Madras plague regulations in force outside the Presidency town - Volume 2
Disease focus: Plague
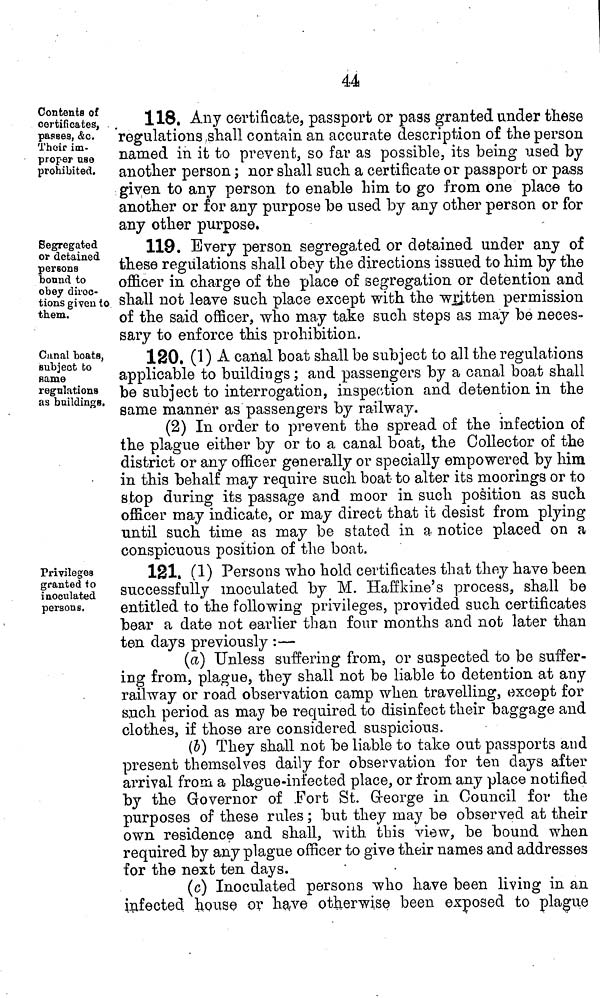
44
Contents of
certificates,
passes, &c.
Their im-
proper use
prohibited,
118. Any certificate, passport or pass granted under these
regulations .shall contain an accurate description of the person
named in it to prevent, so far as possible, its being used by
another person ; nor shall such a certificate or passport or pass
given to any person to enable him to go from one place to
another or for any purpose be used by any other person or for
any other purpose.
Segregated
or detained
persons
bonnd to
obey direc-
tions given to
them.
119. Every person segregated or detained under any of
these regulations shall obey the directions issued to him by the
officer in charge of the place of segregation or detention and
shall not leave such place except with the written permission
of the said officer, who may take such steps as may be neces-
sary to enforce this prohibition.
Canal boats,
subject fco
same
regulations
as buildings.
120. (1) A canal boat shall be subject to all the regulations
applicable to buildings ; and passengers by a canal boat shall
be subject to interrogation, inspection and detention in the
same manner as passengers by railway.
(2) In order to prevent the spread of the infection of
the plague either by or to a canal boat, the Collector of the
district or any officer generally or specially empowered by him
in this behalf may require such boat to alter its moorings or to
stop during its passage and moor in such position as such
officer may indicate, or may direct that it desist from plying
until such time as may be stated in a notice placed on a
conspicuous position of the boat.
Privileges
granted fo
inoculated
persons.
121. (1) Persons who hold certificates that they have been
successfully inoculated by M. Haffkine's process, shall be
entitled to the following privileges, provided such certificates
bear a date not earlier than four months and not later than
ten days previously :—
(a) Unless suffering from, or suspected to be suffer-
ing from, plague, tbey shall not be liable to detention at any
railway or road observation camp when travelling, except for
such period as may be required to disinfect their baggage and
clothes, if those are considered suspicious.
(5) They shall not be liable to take out passports and
present themselves daily for observation for ten days after
arrival from a plague-infected place, or from any place notified
by the Governor of .Fort St. G-eorge in Council for the
purposes of these rules ; but they may be observed at their
own residence and shall, with this view, be bound when
required by any plague officer to give their names and addresses
for the next ten days.
(c) Inoculated persons who have been living in an
infected house or have otherwise been exposed to plague